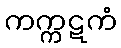
ကက္ကဋကံ